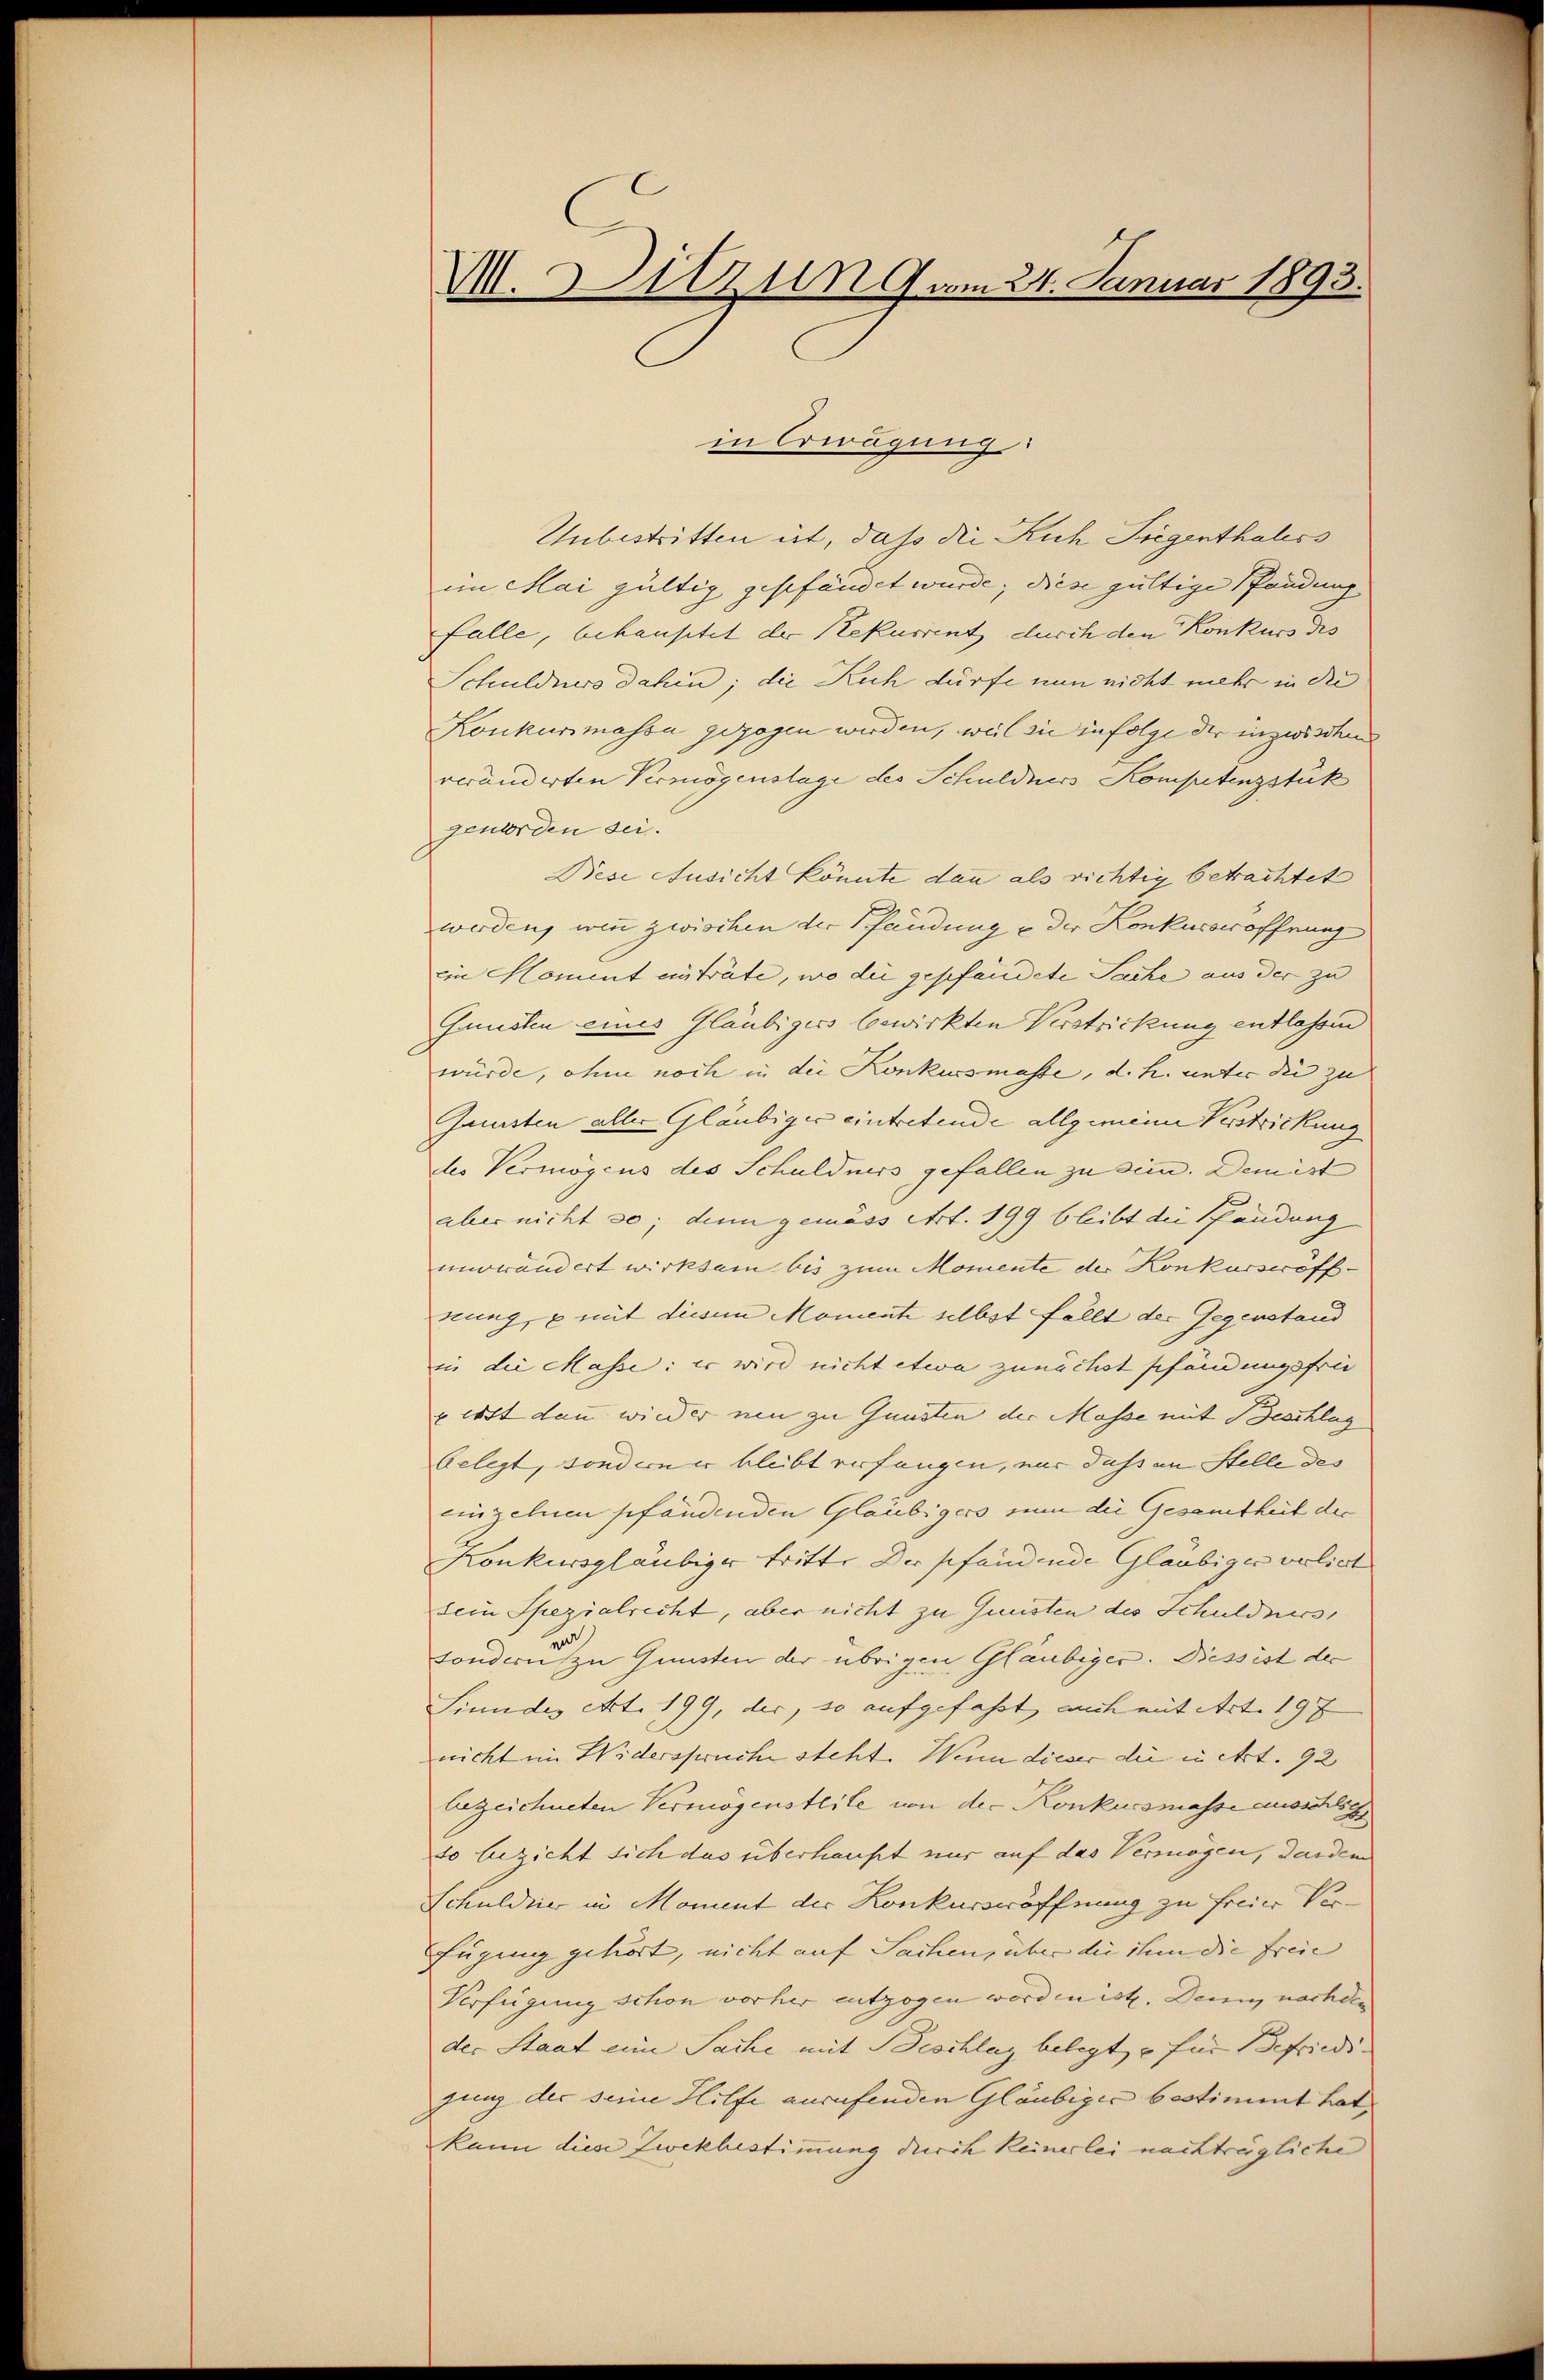
M. Sitzung am 24. Januar 1893.

in Erwägung
Unbestritten ist, daß die Kuh Siegenthaless
in Mai gültig geschändet wurde; diese gültige Pandung
Falle, behaustet der Rekurrent durch den Konkurs des
Schuldners dahin; die Ruch dürfe nun nicht mehr in die
Konkursmassa gezogen werden, weil sie infolge der inzwischen
veränderten Vermögenslage des Schuldners Kompetenzstük
geworden sei.
Diese Ansicht könnte dann als richtig betrachtet
werden, wenn zwischen der Pfändung & der Konkurseröffnung
ein Moment einträte, wo die geschändete Sache aus der zu
Gunsten eines Gläubigers bewirkten Verstrickung entlassen
würde, ohne noch in die Konkursmasse, d. h. unter die zu
Gunsten aller Gläubiger eintretende allgemeine Verstrickung
des Vermögens des Schuldners gefallen zu sein. Demist
aber nicht so, dann gemäss Art. 199 bleibt die Pfändung
nurwändert wirksam bis zum Momente der Konkurseröffnung, u mit diesem Momente selbst fällt der Gegenstand
in die Masse: er wird nicht etwa zunächst schändungsfrei
verst dann wieder nun zu Gunsten der Masse mit Beschlag
belegt, sondern er bleibt verfangen, nur dass an Stelle des
einzelnen pfändenden Gläubigers nun die Gesamtheit der
Konkursgläubiger tritt. Der pfandende Glaubiger vorliert
sein Spezialrecht, aber nicht zu Gunsten des Schuldners
sondern zu Gunsten der übrigen Gläubiger. Diess ist der
Linndes Art. 199, der, so aufgefaßt, auch mit Art. 197
nicht im Widerspruche steht. Wenn dieser die u. Art. 92
bezeichneten Vermögensteile von der Konkursmasse ausschli
so bezieht sich das überhaupt nur auf das Vermögen, darden
Schuldner in Moment der Konkurseröffnung zu freier Ver¬
Fügung gehört, nicht auf Sachen, über die ihm die Freie |
Verfügung schon vorher entzogen worden ist. Denn nachden
der Staat eine Sache mit Beschlag belegt, – für Befriedigung der seine Hilfe anrufenden Gläubiger bestimmt hat,
kann diese Zwekbestimmung durch keinerlei nachträgliche